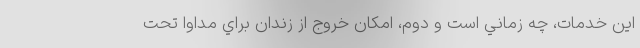
اين خدمات، چه زماني است و دوم، امكان خروج از زندان براي مداوا تحت